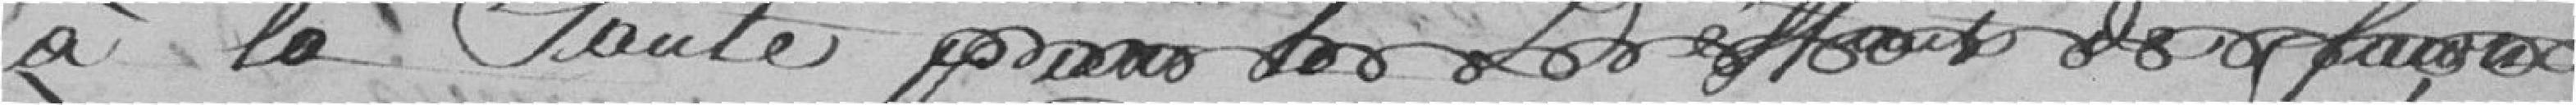
à la santé ...........